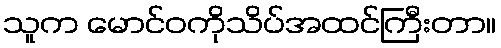
သူက မောင်ဝကိုသိပ်အထင်ကြီးတာ။